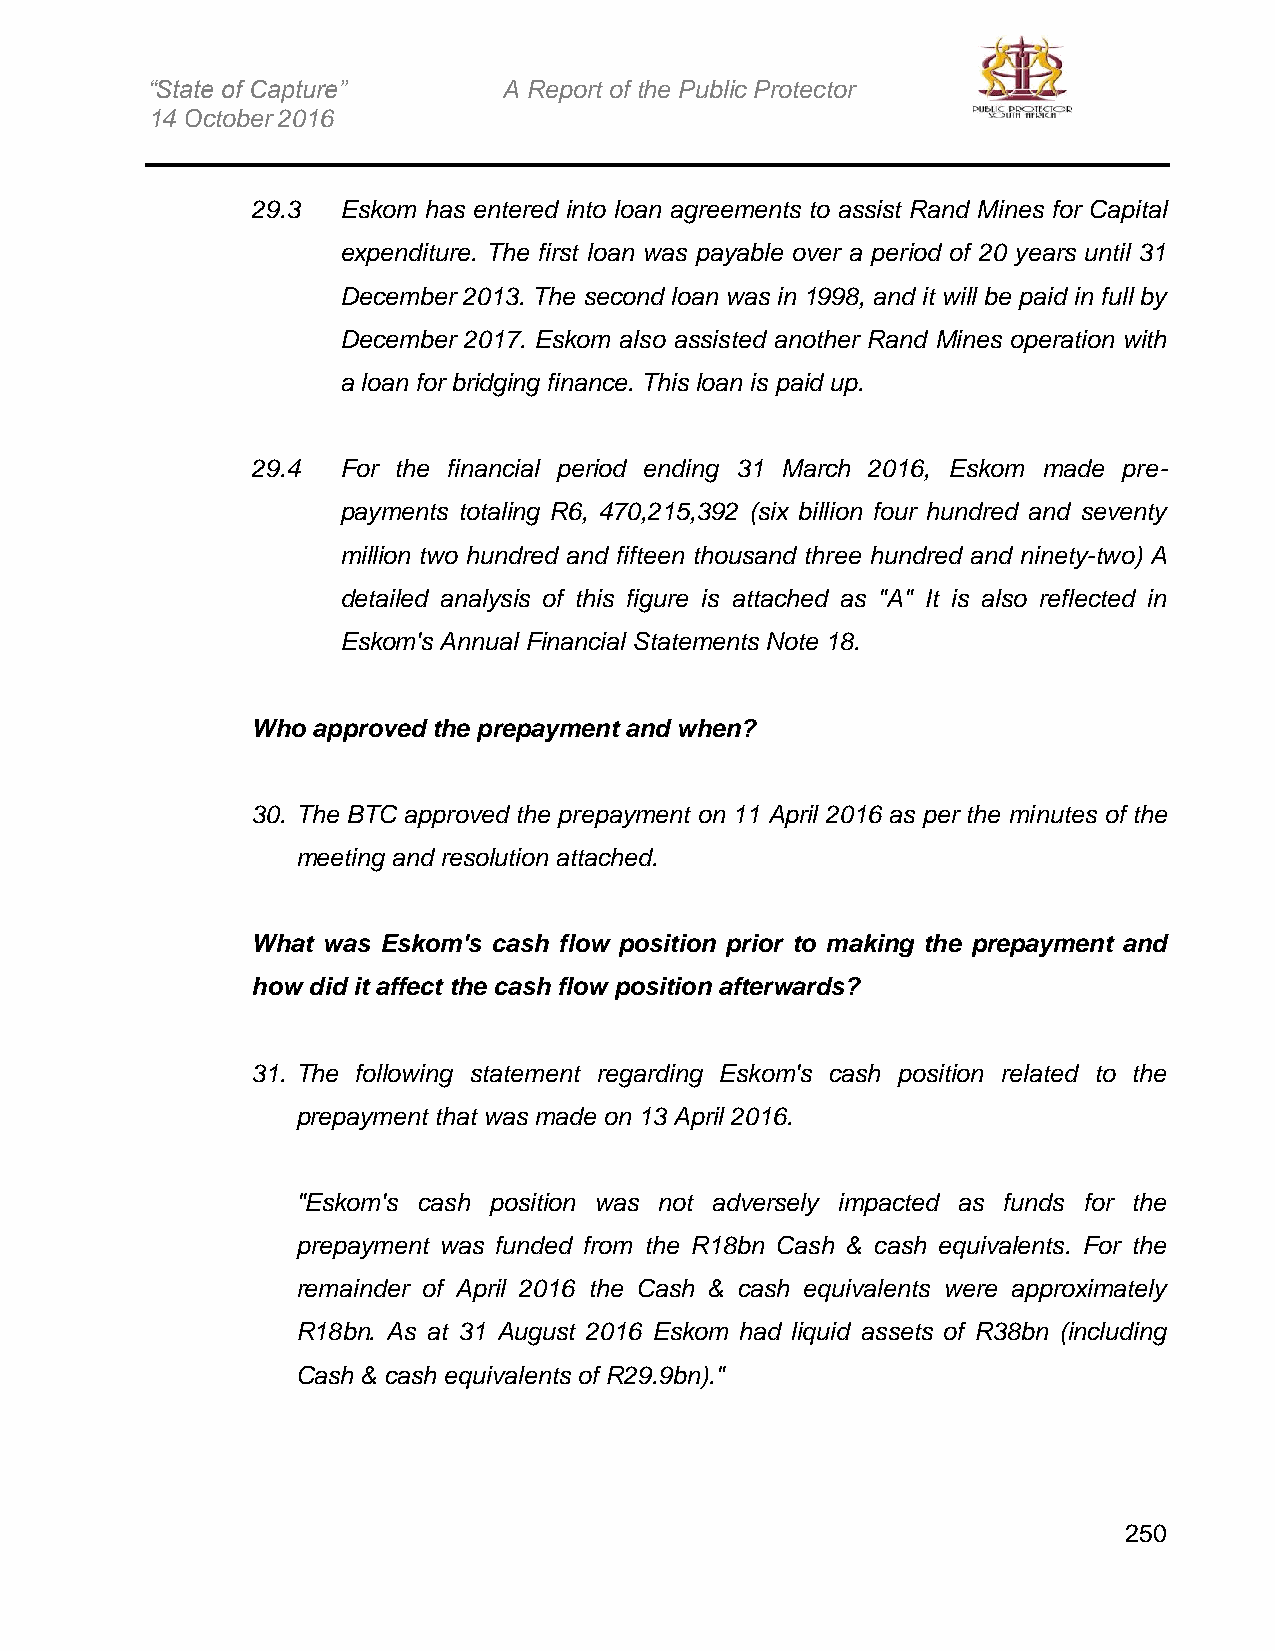
“State of Capture”     A Report of the Public Protector
 14 October 2016
 29.3 Eskom has entered into loan agreements to assist Rand Mines for Capital
 expenditure. The first loan was payable over a period of 20 years until 31
 December 2013. The second loan was in 1998, and it will be paid in full by
 December 2017. Eskom also assisted another Rand Mines operation with
 a loan for bridging finance. This loan is paid up.
 29.4 For the financial period ending 31 March 2016, Eskom made pre-
 payments totaling R6, 470,215,392 (six billion four hundred and seventy
 million two hundred and fifteen thousand three hundred and ninety-two) A
 detailed analysis of this figure is attached as "A" It is also reflected in
 Eskom's Annual Financial Statements Note 18.
 Who approved the prepayment and when?
 30. The BTC approved the prepayment on 11 April 2016 as per the minutes of the
 meeting and resolution attached.
 What was Eskom's cash flow position prior to making the prepayment and
 how did it affect the cash flow position afterwards?
 31. The following statement regarding Eskom's cash position related to the
 prepayment that was made on 13 April 2016.
 "Eskom's cash position was not adversely impacted as funds for the
 prepayment was funded from the R18bn Cash & cash equivalents. For the
 remainder of April 2016 the Cash & cash equivalents were approximately
 R18bn. As at 31 August 2016 Eskom had liquid assets of R38bn (including
 Cash & cash equivalents of R29.9bn)."
 250